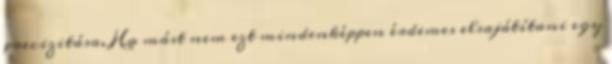
precizitása. Ha mást nem ezt mindenképpen érdemes elsajátítani egy